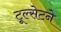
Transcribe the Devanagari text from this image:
टूल्सेटने